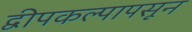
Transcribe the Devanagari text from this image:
द्वीपकल्पापसून